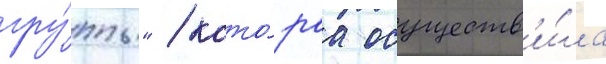
гру́ппы" / кото́раа осуществ'и́ла